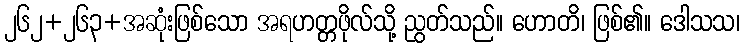
၂၆၂+၂၆၃+အဆုံးဖြစ်သော အရဟတ္တဖိုလ်သို့ ညွတ်သည်။ ဟောတိ၊ ဖြစ်၏။ ဒေါသသ၊